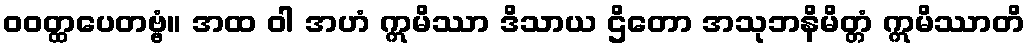
ဝဝတ္ထပေတဗ္ဗံ။ အထ ဝါ အဟံ ဣမိဿာ ဒိသာယ ဌိတော အသုဘနိမိတ္တံ ဣမိဿာတိ